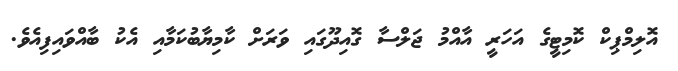
އޮލިމްޕިކް ކޮމިޓީގެ އަހަރީ އާއްމު ޖަލްސާ ގޮއިދޫގައި ވަރަށް ކާމިޔާބުކަމާއި އެކު ބާއްވައިފިއެވެ.